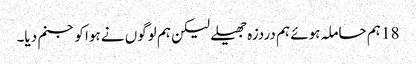
18 ہم حاملہ ہوئے ہم دردزہ جھیلے لیکن ہم لوگوں نے ہوا کو جنم دیا۔